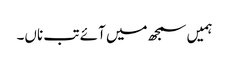
ہمیں سمجھ میں آئے تب ناں۔